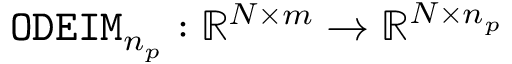
{ \tt O D E I M } _ { n _ { p } } : \mathbb { R } ^ { N \times m } \rightarrow \mathbb { R } ^ { N \times n _ { p } }